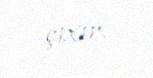
çıxır.